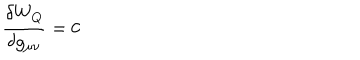
{ \frac { \delta W _ { Q } } { \delta g _ { \mu \nu } } } = 0